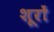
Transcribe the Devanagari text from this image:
शूरों